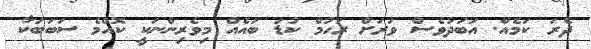
ދެރަ ކަމެއް. އަބަދުވެސް ވަރަށް ރަހުމް ކުޑަ ބައެއް މިވެރިންނަކީ ކޮއްމެ ސަބަބަކާ